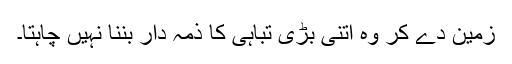
زمین دے کر وہ اتنی بڑی تباہی کا ذمہ دار بننا نہیں چاہتا۔